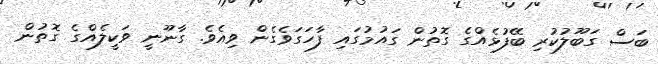
ބަސް ގަބޫލުކުރި ބޭފުޅެއްގެ ގޮތުން ގައުމުގައި ފާހަގަވެގެން ވިއެވެ. ގާނޫނީ ވަކީލެއްގެ ގޮތުން